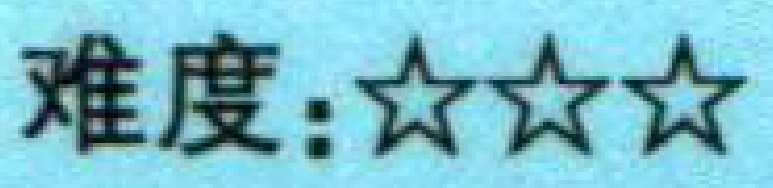
难度：★★★